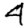
Digit: 4